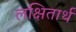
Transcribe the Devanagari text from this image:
लक्षितार्थ